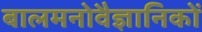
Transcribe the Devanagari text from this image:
बालमनोवैज्ञानिकों